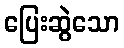
ပြေးဆွဲသော